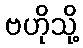
ဗဟိုသို့